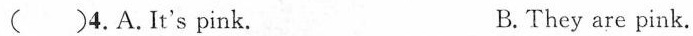
( )4.A.It's pink. B.They are pink.